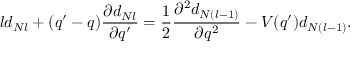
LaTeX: l d _ { N l } + ( q ^ { \prime } - q ) \frac { \partial d _ { N l } } { \partial q ^ { \prime } } = \frac { 1 } { 2 } \frac { \partial ^ { 2 } d _ { N ( l - 1 ) } } { \partial q ^ { 2 } } - V ( q ^ { \prime } ) d _ { N ( l - 1 ) } .